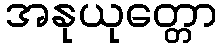
အနုယုတ္တော